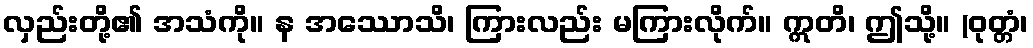
လှည်းတို့၏ အသံကို။ န အဿောသိ၊ ကြားလည်း မကြားလိုက်။ ဣတိ၊ ဤသို့။ (ဝုတ္တံ၊